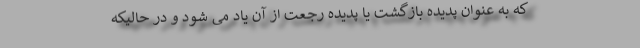
که به عنوان پدیده بازگشت یا پدیده رجعت از آن یاد می شود و در حالیکه